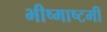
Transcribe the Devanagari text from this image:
भीष्माष्टमी